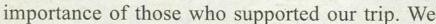
importance of those who supported our trip. We